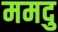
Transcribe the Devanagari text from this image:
ममदु